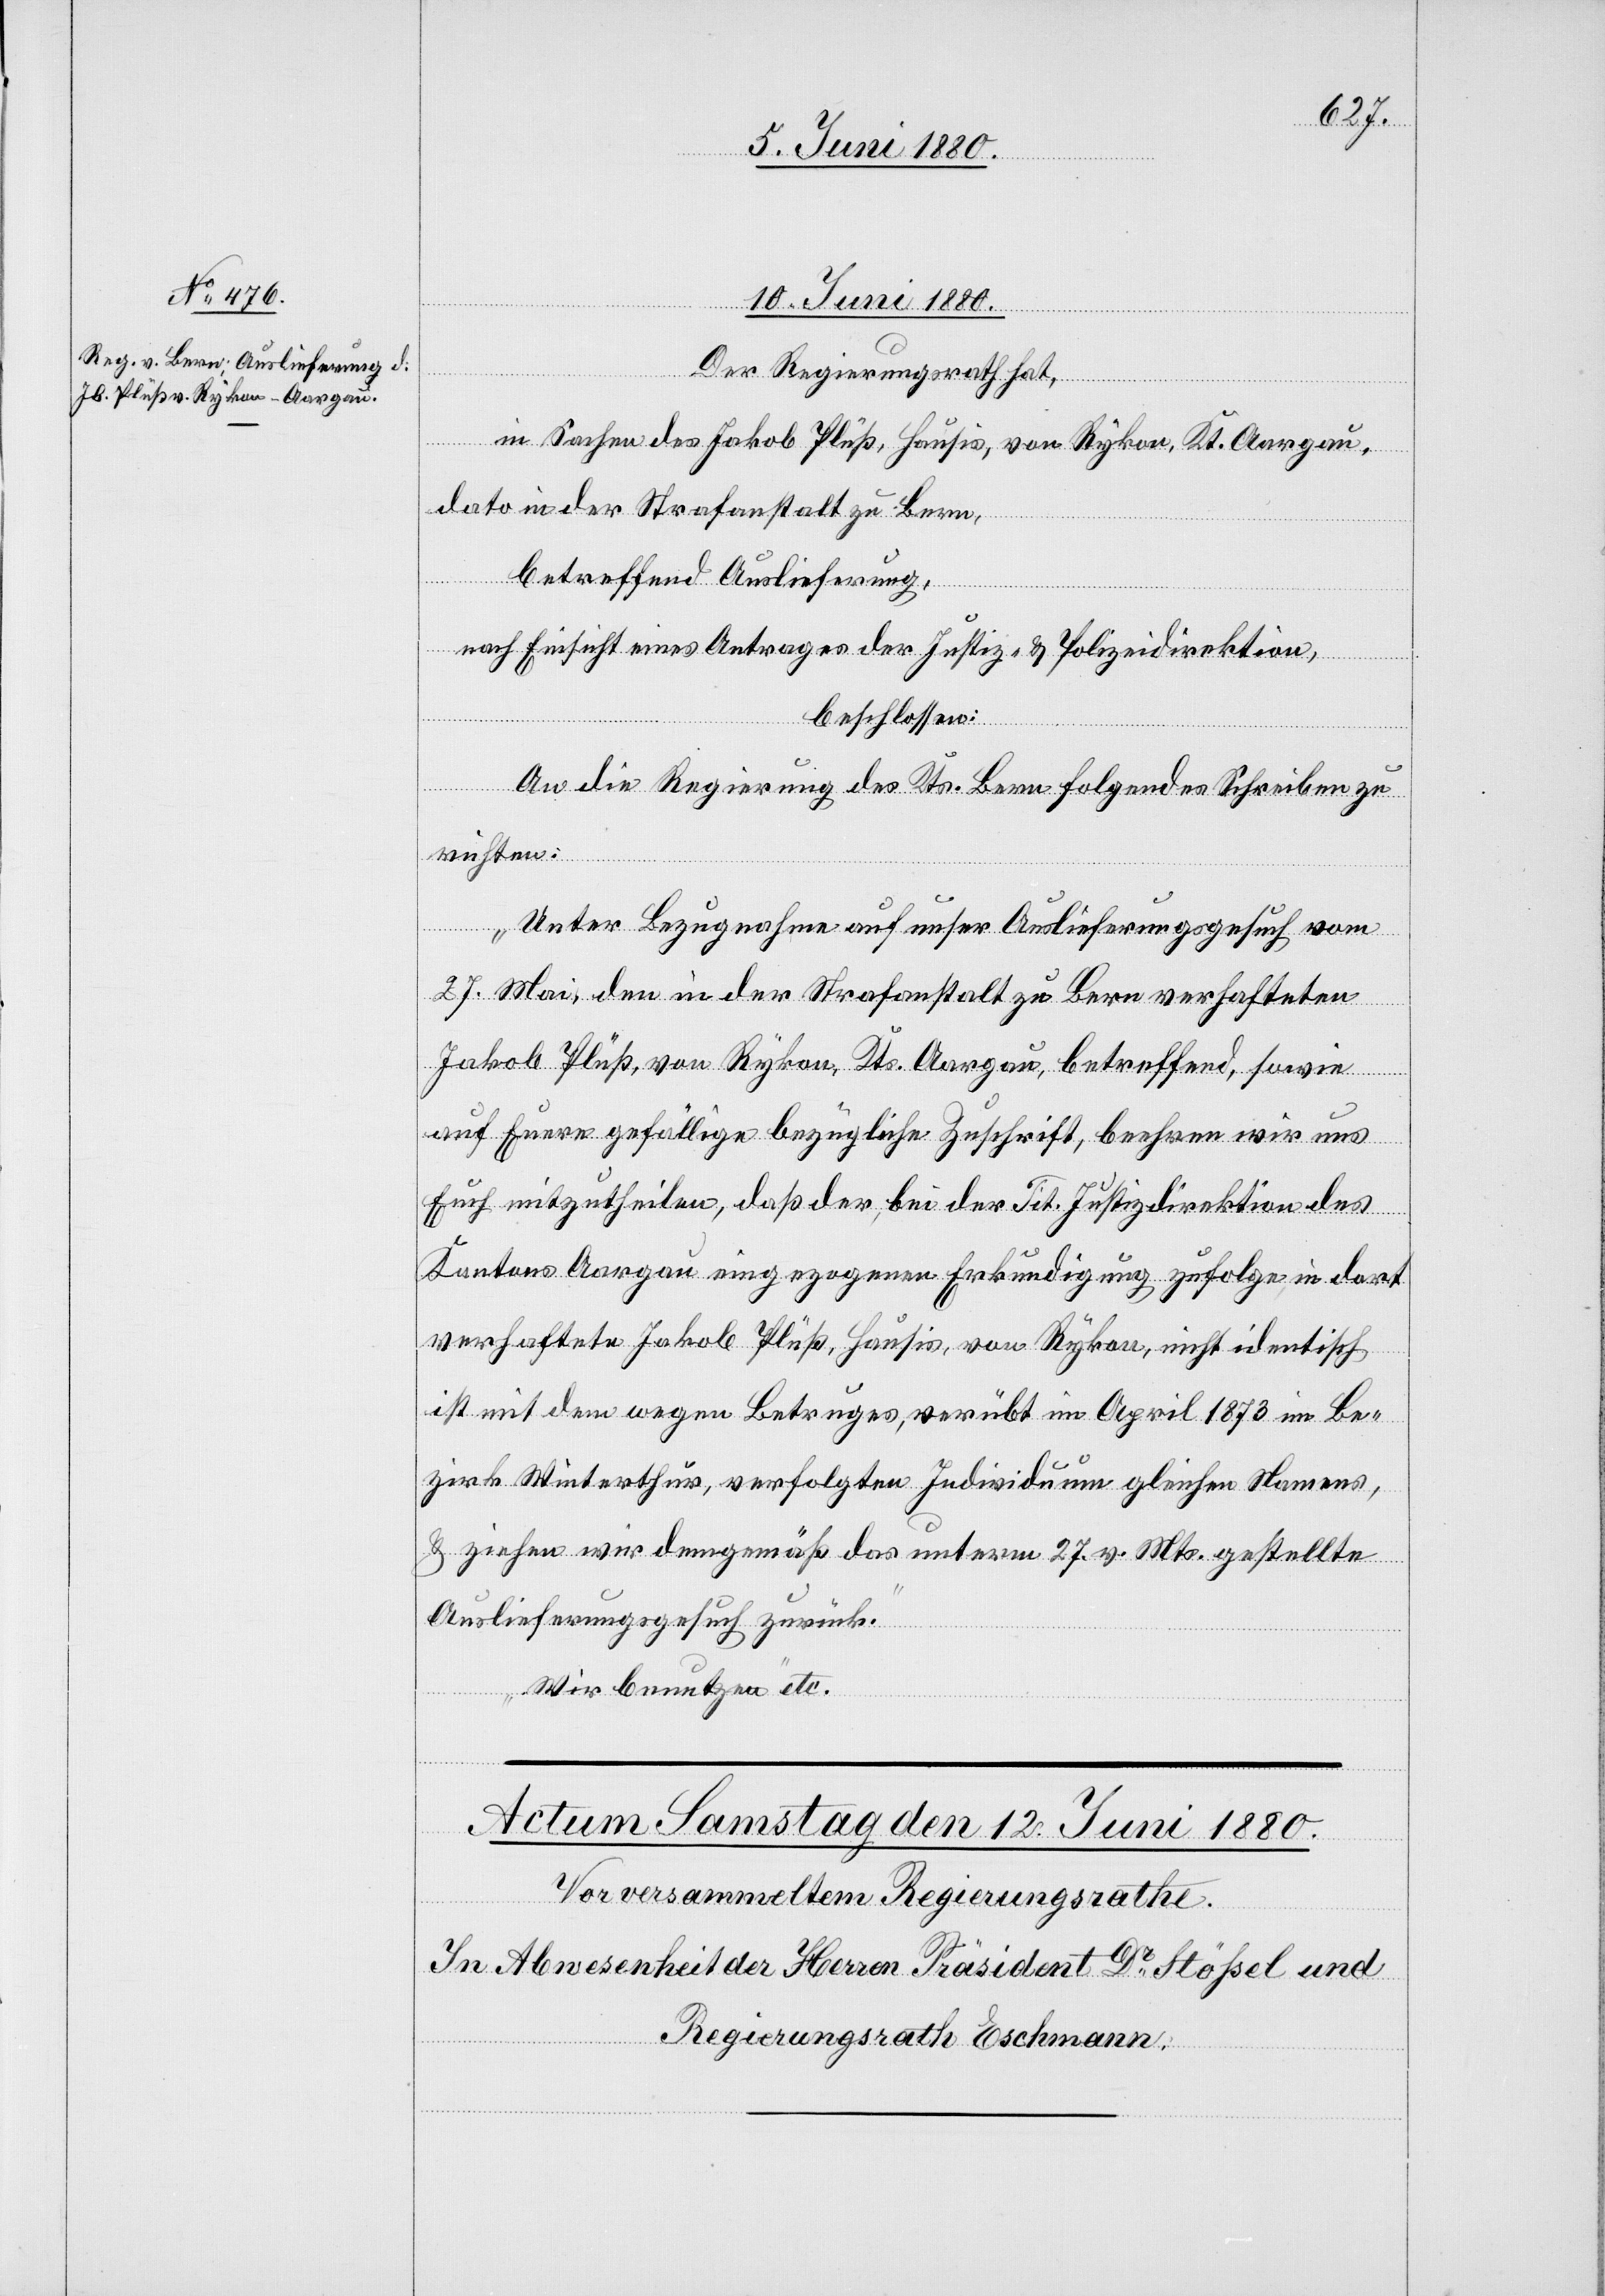
10. Juni 1880.
Der Regierungsrath hat,
in Sachen des Jakob Plüß, Hausis, von Rykon, Kt. Aargau,
dato in der Strafanstalt zu Bern,
betreffend Auslieferung,
nach Einsicht eines Antrages der Justiz- & Polizeidirektion,
beschlossen:
An die Regierung des Kts. Bern folgendes Schreiben zu
richten:
„Unter Bezugnahme auf unser Auslieferungsgesuch vom
27. Mai, den in der Strafanstalt zu Bern verhafteten
Jakob Plüß, von Rykon, Kts. Aargau, betreffend, sowie
auf Euere gefällige bezügliche Zuschrift, beehren wir uns
Euch mitzutheilen, daß der bei der Tit. Justizdirektion des
Kantons Aargau eingezogenen Erkundigungen zufolge in dort
verhaftete Jakob Plüß, Hausis, von Rykon, nicht identisch
ist mit dem wegen Betruges, verübt im April 1873 im Be¬
zirk Winterthur, verfolgten Individuum gleichen Namens,
& ziehen wir demgemäß das unterm 27. v. Mts. gestellte
Auslieferungsgesuch zurück.
Wir benutzen“ etc.